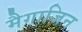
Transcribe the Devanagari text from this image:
मैगाजिन